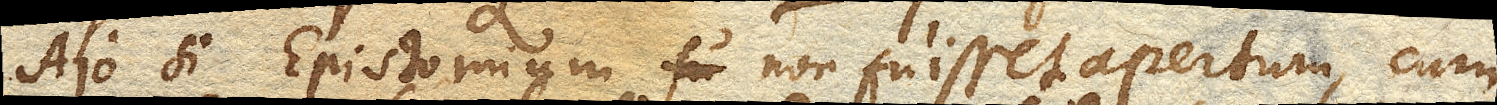
Ajo si Epistomium non fuisset apertum, cum